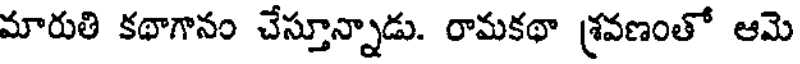
మారుతి కథాగానం చేస్తూన్నాడు. రామకథా శ్రవణంతో ఆమె